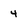
Character: 4